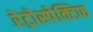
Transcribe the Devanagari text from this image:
रेट्रोस्‍पेक्टिफ